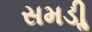
સમડીૢ